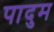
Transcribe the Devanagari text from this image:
पादुम